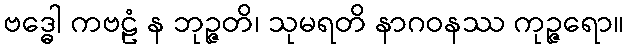
ဗဒ္ဓေါ ကဗဠံ န ဘုဉ္ဇတိ၊ သုမရတိ နာဂဝနဿ ကုဉ္ဇရော။